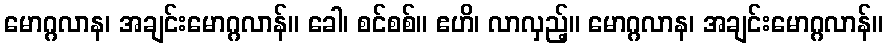
မောဂ္ဂလာန၊ အချင်းမောဂ္ဂလာန်။ ခေါ၊ စင်စစ်။ ဧဟိ၊ လာလှည့်။ မောဂ္ဂလာန၊ အချင်းမောဂ္ဂလာန်။